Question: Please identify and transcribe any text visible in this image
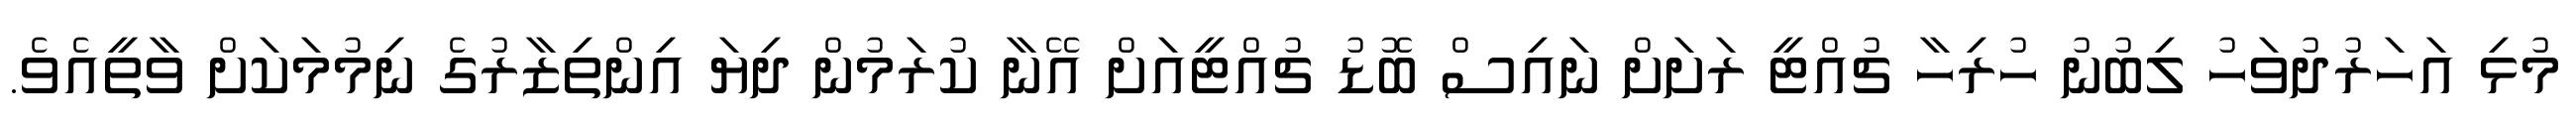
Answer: މުޅި އަހަރުދުވަހު ލިބުނު ހުރިހާ ޗުއްޓީ ރަށަށް ނައިސް ބޮޑު ޗުއްޓީއަށް އޭނާ ކުރަމުން ދިޔަ އިންތިޒާރުގެ ނިމުމަކަށް ވާތީއެވެ.